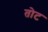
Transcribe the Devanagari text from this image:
तोट